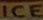
ICE